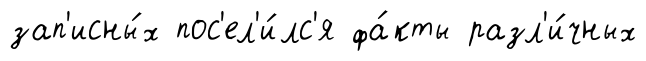
зап'исны́х пос'ел'и́лс'я фа́кты разл'и́чных